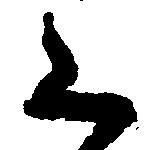
く